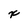
Character: x